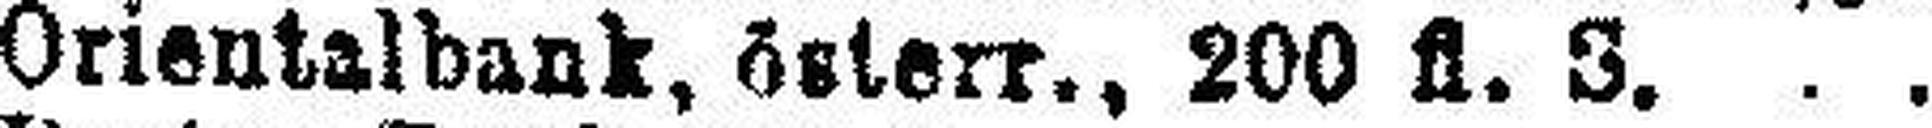
Orientalbank, österr., 200 fl. 3.